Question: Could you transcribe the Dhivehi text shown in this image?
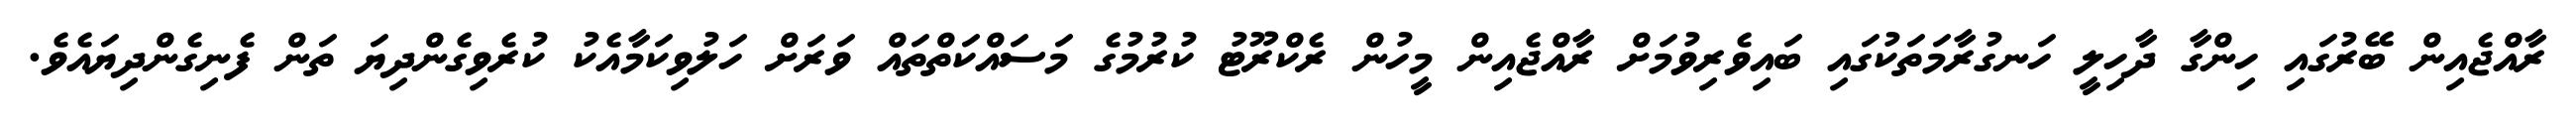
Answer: ރާއްޖެއިން ބޭރުގައި ހިންގާ ދާހިލީ ހަނގުރާމަތަކުގައި ބައިވެރިވުމަށް ރާއްޖެއިން މީހުން ރެކްރޫޓު ކުރުމުގެ މަސައްކަތްތައް ވަރަށް ހަލުވިކަމާއެކު ކުރެވިގެންދިޔަ ތަން ފެނިގެންދިޔައެވެ.